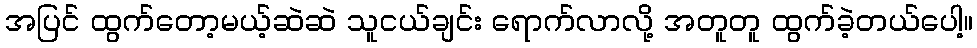
အပြင် ထွက်တော့မယ့်ဆဲဆဲ သူငယ်ချင်း ရောက်လာလို့ အတူတူ ထွက်ခဲ့တယ်ပေါ့။